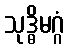
သုဒ္ဓိမဂ္ဂံ